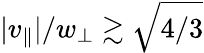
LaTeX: |v_{\parallel}|/w_{\perp}\gtrsim\sqrt{4/3}